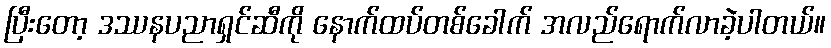
ပြီးတော့ ဒဿနပညာရှင်ဆီကို နောက်ထပ်တစ်ခေါက် အလည်ရောက်လာခဲ့ပါတယ်။